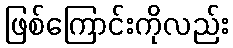
ဖြစ်ကြောင်းကိုလည်း